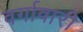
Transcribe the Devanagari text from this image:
वर्गावारी